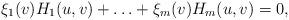
LaTeX: \begin{align*}\xi _1 ( v)H_1( u, v)+\ldots +\xi _m( v)H_m( u, v)=0, \end{align*}